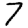
Digit: 7